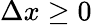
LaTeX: \Delta x\geq 0